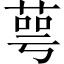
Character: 萼